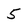
Character: 5